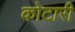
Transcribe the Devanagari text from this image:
कोटारी